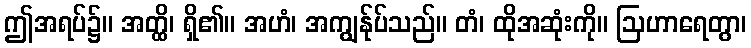
ဤအရပ်၌။ အတ္ထိ၊ ရှိ၏။ အဟံ၊ အကျွန်ုပ်သည်။ တံ၊ ထိုအဆုံးကို။ ဩဟာရေတွာ၊